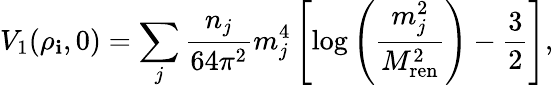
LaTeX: V_{1}(\rho_{\mathbf{i}},0)=\sum_{j}{\frac{{n_{j}}}{{64\pi^{2}}}}m_{j}^{4}\left[\log\left({\frac{{m_{j}^{2}}}{{M_{\mathrm{{ren}}}^{2}}}}\right)-{\frac{{3}}{{2}}}\right],